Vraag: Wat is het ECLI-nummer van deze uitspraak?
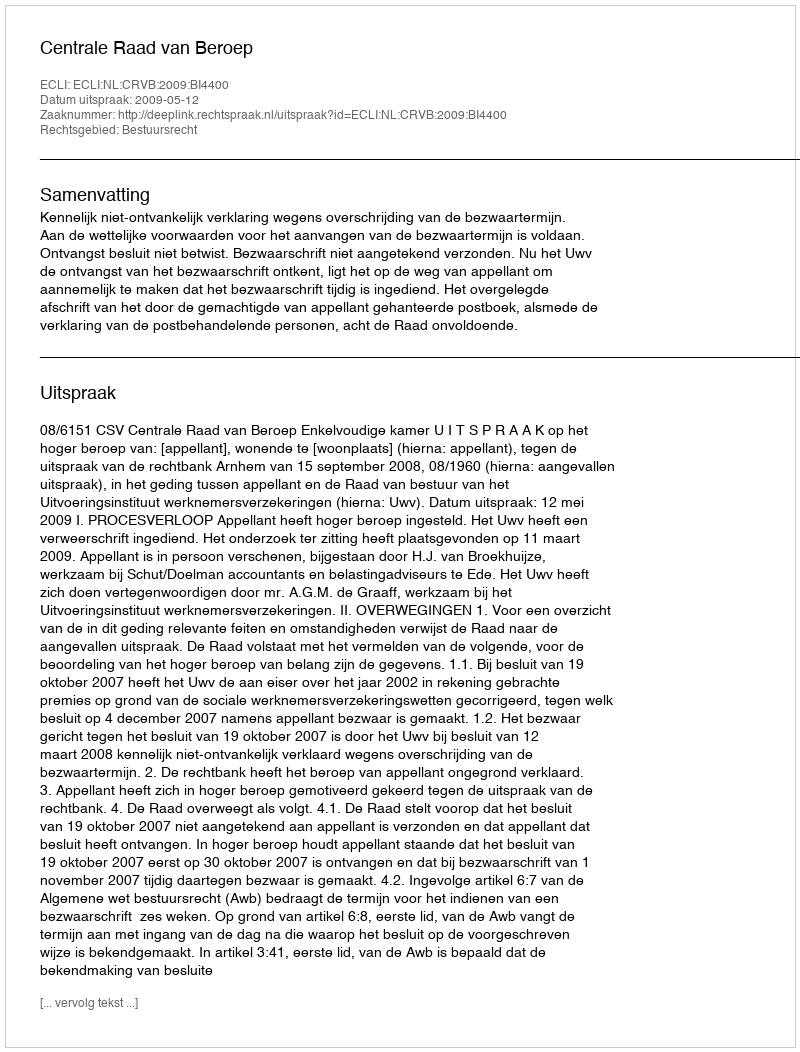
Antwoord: ECLI:NL:CRVB:2009:BI4400